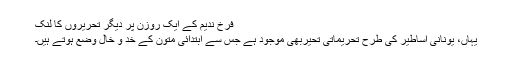
فرخ ندیم کے ایک روزن پر دیگر تحریروں کا لنک
یہاں، یونانی اساطیر کی طرح تحریماتی تحیربھی موجود ہے جس سے ابتدائی متون کے خد و خال وضع ہوتے ہیں۔